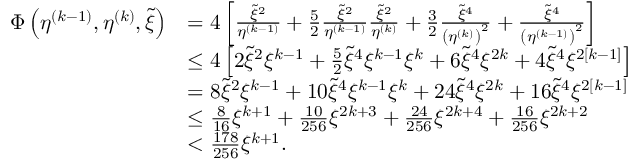
\begin{array} { r l } { \Phi \left( \eta ^ { ( k - 1 ) } , \eta ^ { ( k ) } , \tilde { \xi } \right) } & { = 4 \left[ \frac { \tilde { \xi } ^ { 2 } } { \eta ^ { ( k - 1 ) } } + \frac { 5 } { 2 } \frac { \tilde { \xi } ^ { 2 } } { \eta ^ { ( k - 1 ) } } \frac { \tilde { \xi } ^ { 2 } } { \eta ^ { ( k ) } } + \frac { 3 } { 2 } \frac { \tilde { \xi } ^ { 4 } } { \left( \eta ^ { ( k ) } \right) ^ { 2 } } + \frac { \tilde { \xi } ^ { 4 } } { \left( \eta ^ { ( k - 1 ) } \right) ^ { 2 } } \right] } \\ & { \leq 4 \left[ 2 \tilde { \xi } ^ { 2 } \xi ^ { k - 1 } + \frac { 5 } { 2 } \tilde { \xi } ^ { 4 } \xi ^ { k - 1 } \xi ^ { k } + 6 \tilde { \xi } ^ { 4 } \xi ^ { 2 k } + 4 \tilde { \xi } ^ { 4 } \xi ^ { 2 [ k - 1 ] } \right] } \\ & { = 8 \tilde { \xi } ^ { 2 } \xi ^ { k - 1 } + 1 0 \tilde { \xi } ^ { 4 } \xi ^ { k - 1 } \xi ^ { k } + 2 4 \tilde { \xi } ^ { 4 } \xi ^ { 2 k } + 1 6 \tilde { \xi } ^ { 4 } \xi ^ { 2 [ k - 1 ] } } \\ & { \leq \frac { 8 } { 1 6 } \xi ^ { k + 1 } + \frac { 1 0 } { 2 5 6 } \xi ^ { 2 k + 3 } + \frac { 2 4 } { 2 5 6 } \xi ^ { 2 k + 4 } + \frac { 1 6 } { 2 5 6 } \xi ^ { 2 k + 2 } } \\ & { < \frac { 1 7 8 } { 2 5 6 } \xi ^ { k + 1 } . } \end{array}